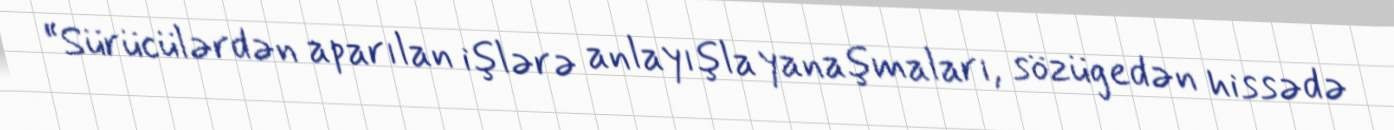
“Sürücülərdən aparılan işlərə anlayışla yanaşmaları, sözügedən hissədə